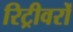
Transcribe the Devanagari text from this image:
रिट्रीवरों